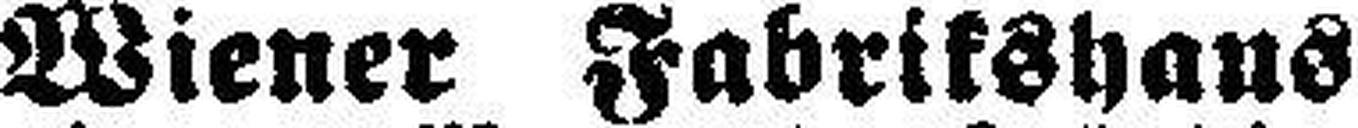
Wiener Fabrikshaus